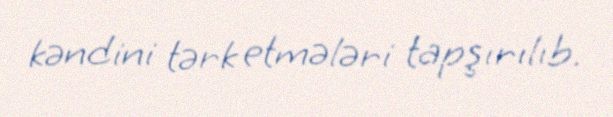
kəndini tərk etmələri tapşırılıb.